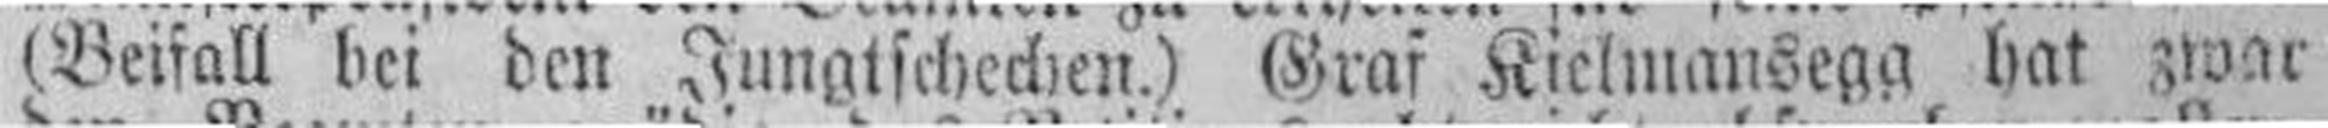
(Beifall bei den Jungtschechen.) Graf Kielmansegg hat zwar